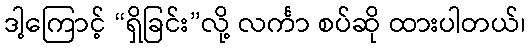
ဒါ့ကြောင့် “ရှိခြင်း”လို့ လင်္ကာ စပ်ဆို ထားပါတယ်၊